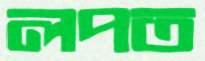
লপত